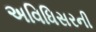
અવિધિસરની